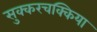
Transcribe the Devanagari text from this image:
सुक्करचक्किया